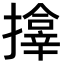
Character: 𪮷